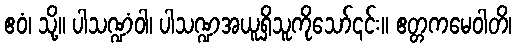
ဧဝံ၊ သို့။ ပါသဏ္ဍံဝါ၊ ပါသဏ္ဍအယူရှိသူကိုသော်၎င်း။ ဧတ္တကမေဝါတိ၊